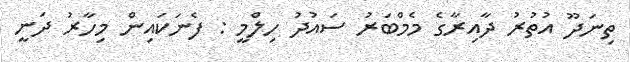
ތިނަދޫ އުތުރު ދާއިރާގެ މެމްބަރު ސައުދު ހިލްމީ : ފެނަކައިން މިހާރު ދަނީ